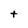
Character: t